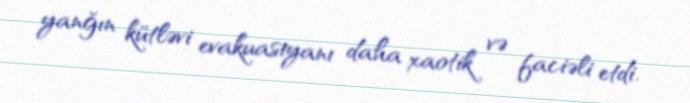
yanğın kütləvi evakuasiyanı daha xaotik və faciəli etdi.